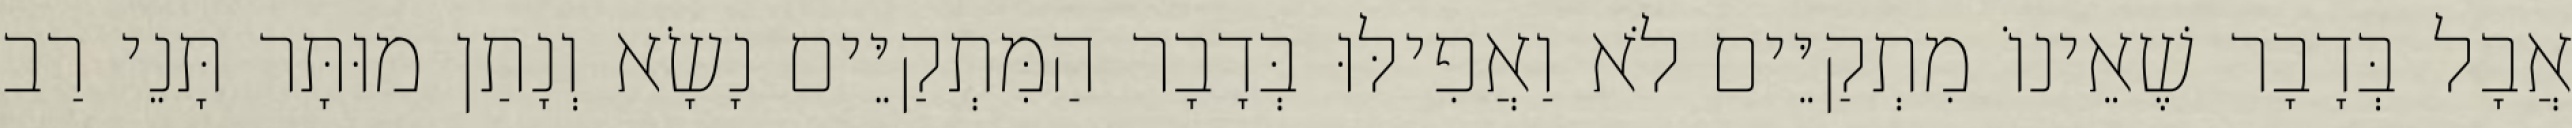
אֲבָל בְּדָבָר שֶׁאֵינוֹ מִתְקַיֵּים לֹא וַאֲפִילּוּ בְּדָבָר הַמִּתְקַיֵּים נָשָׂא וְנָתַן מוּתָּר תָּנֵי רַב